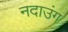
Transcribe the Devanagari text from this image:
नदाउंग